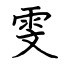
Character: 雯